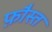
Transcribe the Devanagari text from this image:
फ़ौस्त